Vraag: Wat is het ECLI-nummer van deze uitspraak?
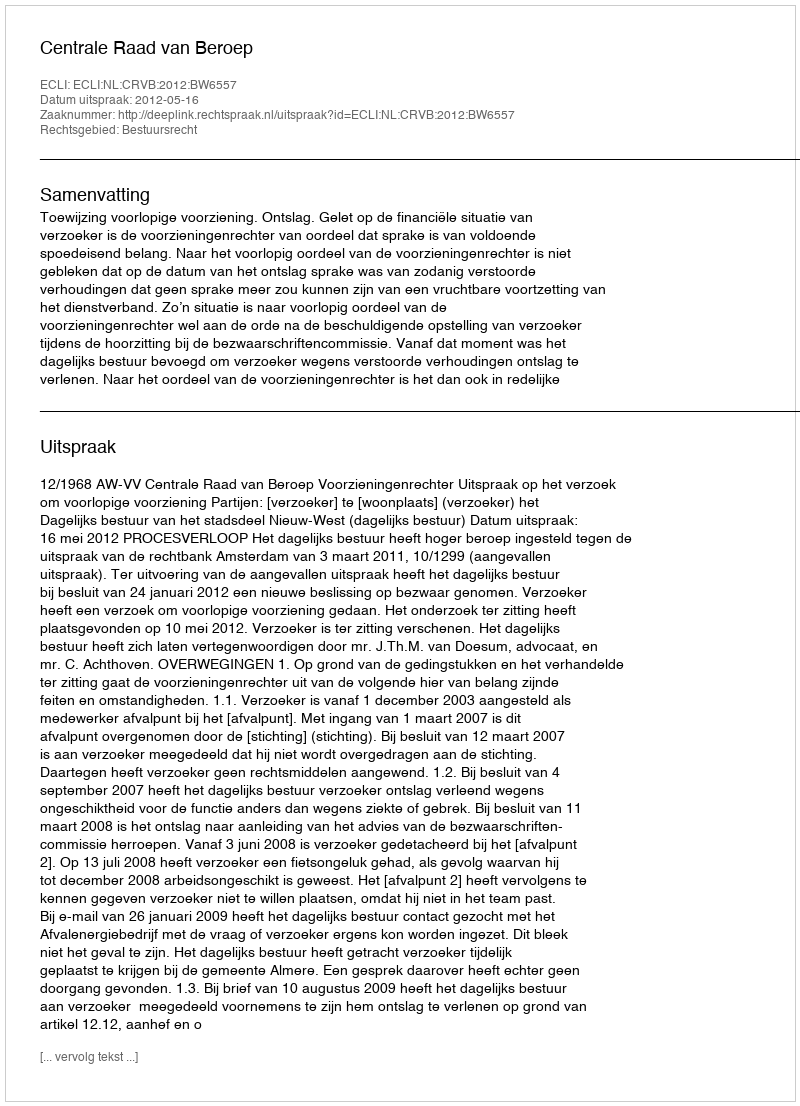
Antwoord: ECLI:NL:CRVB:2012:BW6557